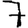
Digit: 7